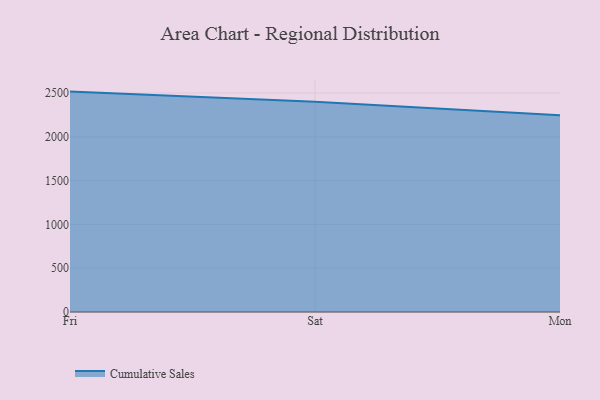
{"axis": {"x": "Day", "y": "Temperature (°C)"}, "legend": ["Cumulative Sales"], "data": [{"x": "Fri", "y": 2516.2, "type": "Cumulative Sales"}, {"x": "Sat", "y": 2399.4, "type": "Cumulative Sales"}, {"x": "Mon", "y": 2246.1, "type": "Cumulative Sales"}]}